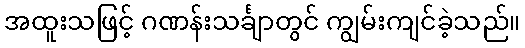
အထူးသဖြင့် ဂဏန်းသင်္ချာတွင် ကျွမ်းကျင်ခဲ့သည်။